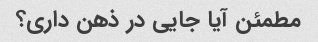
مطمئن آیا جایی در ذهن داری؟